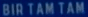
BIR TAM TAM